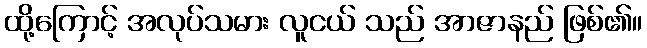
ထို့ကြောင့် အလုပ်သမား လူငယ် သည် အာဇာနည် ဖြစ်၏။